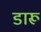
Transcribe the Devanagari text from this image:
डारू